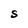
Character: S